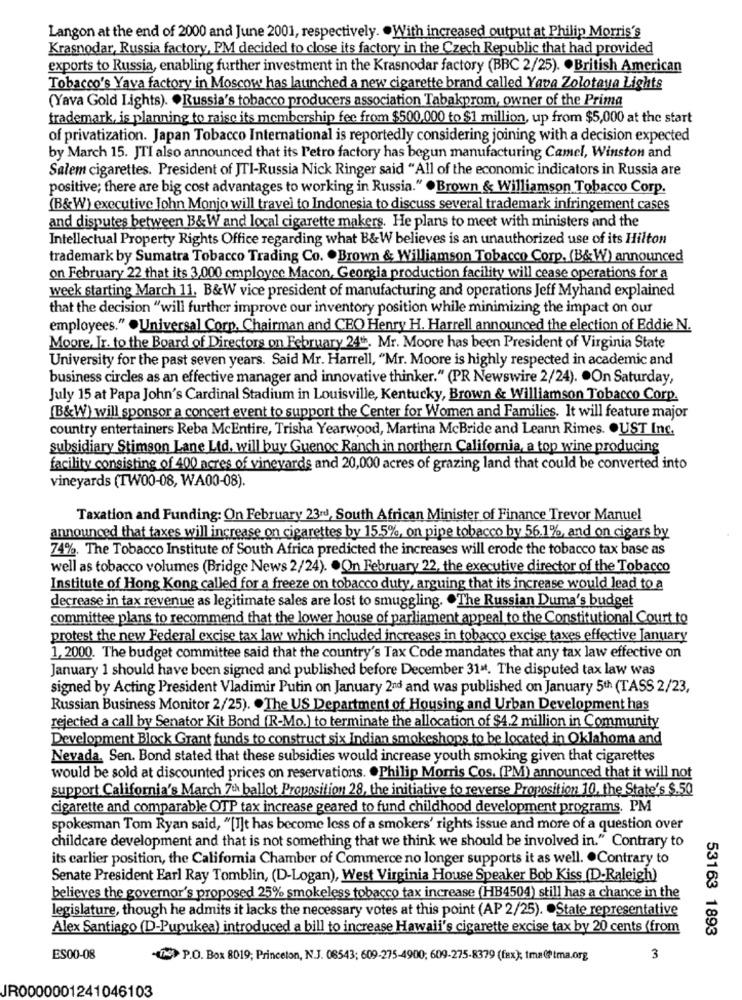
Langon at the end of 2000 and June 2001, respectively. . With increased output at Philip Morris's
Krasnodar, Russia factory, PM decided to close its factory in the Czech Republic that had provided
exports to Russia, enabling further investment in the Krasnodar factory (BBC 2/25). . British American
Tobacco's Yava factory in Moscow has launched a new cigarette brand called Yava Zolotaya Lights
(Yava Gold Lights). . Russia's tobacco producers association Tabakprom, owner of the Prima
trademark, is planning to raise its membership fee from $500,000 to $1 million, up from $5,000 at the start
of privatization. Japan Tobacco International is reportedly considering joining with a decision expected
by March 15. JTI also announced that its l'etro factory has begun manufacturing Camel, Winston and
Salem cigarettes. President of JTI-Russia Nick Ringer said "All of the economic indicators in Russia are
positive; there are big cost advantages to working in Russia." . Brown & Williamson Tobacco Corp.
(B&W) executive John Monjo will travel to Indonesia to discuss several trademark infringement cases
and disputes between B&W and local cigarette makers. He plans to meet with ministers and the
Intellectual Property Rights Office regarding what B&W believes is an unauthorized use of its Hilton
trademark by Sumatra Tobacco Trading Co. . Brown & Williamson Tobacco Corp. (B&W) announced
on February 22 that its 3,000 employee Macon, Georgia production facility will cease operations for a
week starting March 11. B&W vice president of manufacturing and operations Jeff Myhand explained
that the decision "will further improve our inventory position while minimizing the impact on our
employees." .Universal Corp, Chairman and CRO Henry H. Harrell announced the election of Eddie N.
Moore, Ir. to the Board of Directors on February 24h. Mr. Moore has been President of Virginia State
University for the past seven years. Said Mr. Harrell, "Mr. Moore is highly respected in academic and
business circles as an effective manager and innovative thinker." (PR Newswire 2/24). . On Saturday,
July 15 at Papa John's Cardinal Stadium in Louisville, Kentucky, Brown & Williamson Tobacco Corp.
(B&W) will sponsor a concert event to support the Center for Women and Families. It will feature major
country entertainers Reba McEntire, Trisha Yearwood, Martina McBride and Leann Rimes. . UST Inc.
subsidiary Stimson Lane Ltd. will buy Guenoc Ranch in northern California, a top wine producing
facility consisting of 400 acres of vineyards and 20,000 acres of grazing land that could be converted into
vineyards (TW00-08, WA00-08).
Taxation and Funding: On February 23rd, South African Minister of Finance Trevor Manuel
announced that taxes will increase on cigarettes by 15.5%, on pipe tobacco by 56.1%, and on cigars by
74%. The Tobacco Institute of South Africa predicted the increases will erode the tobacco tax base as
well as tobacco volumes (Bridge News 2/24). . On February 22, the executive director of the Tobacco
Institute of Hong Kong called for a freeze on tobacco duty, arguing that its increase would lead to a
decrease in tax revenue as legitimate sales are lost to smuggling. . The Russian Duma's budget
committee plans to recommend that the lower house of parliament appeal to the Constitutional Court to
protest the new Federal excise tax law which included increases in tobacco excise taxes effective January
1, 2000. The budget committee said that the country's Tax Code mandates that any tax law effective on
January 1 should have been signed and published before December 31at. The disputed tax law was
signed by Acting President Vladimir Putin on January 2nd and was published on January 5th (TASS 2/23,
Russian Business Monitor 2/25). . The US Department of Housing and Urban Development has
rejected a call by Senator Kit Bond (R-Mo.) to terminate the allocation of $4.2 million in Community
Development Block Grant funds to construct six Indian smokeshops to be located in Oklahoma and
Nevada. Sen. Bond stated that these subsidies would increase youth smoking given that cigarettes
would be sold at discounted prices on reservations. . Philip Morris Cos. (PM) announced that it will not
support California's March 7th ballot Proposition 28, the initiative to reverse Proposition 10, the State's $.50
cigarette and comparable OTP tax increase geared to fund childhood development programs. PM
spokesman Tom Ryan said, "[I]t has become less of a smokers' rights issue and more of a question over
childcare development and that is not something that we think we should be involved in." Contrary to
its carlier position, the California Chamber of Commerce no longer supports it as well. . Contrary to
Senate President Earl Ray Tomblin, (D-Logan), West Virginia House Speaker Bob Kiss (D-Raleigh)
believes the governor's proposed 25% smokeless tobacco tax increase (HB4504) still has a chance in the
legislature, though he admits it lacks the necessary votes at this point (AP 2/25). . State representative
Alex Santiago (D-Pupukea) introduced a bill to increase Hawaii's cigarette excise tax by 20 cents (from
53163 1893
ES00-08
De> P.O. Box 8019; Princeton, N.J. 08543; 609-275-4900; 609-275-8379 (fax); tma@ftma.org
3
JR0000001241046103